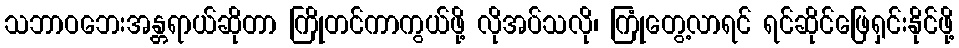
သဘာဝဘေးအန္တရာယ်ဆိုတာ ကြိုတင်ကာကွယ်ဖို့ လိုအပ်သလို၊ ကြုံတွေ့လာရင် ရင်ဆိုင်ဖြေရှင်းနိုင်ဖို့